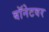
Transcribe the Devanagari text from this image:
बॉनेटवर